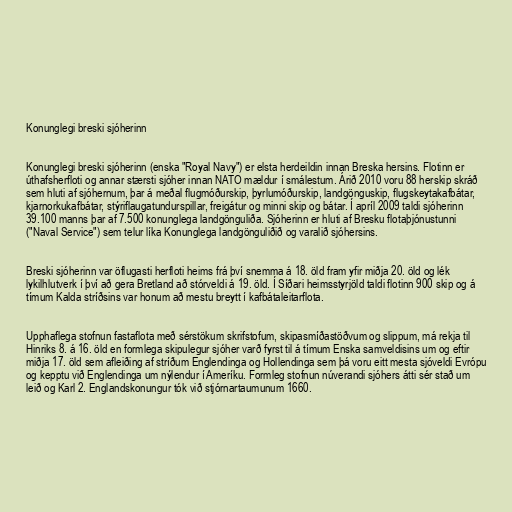
Konunglegi breski sjóherinn

Konunglegi breski sjóherinn (enska "Royal Navy") er elsta herdeildin innan Breska hersins. Flotinn er
úthafsherfloti og annar stærsti sjóher innan NATO mældur í smálestum. Árið 2010 voru 88 herskip skráð
sem hluti af sjóhernum, þar á meðal flugmóðurskip, þyrlumóðurskip, landgönguskip, flugskeytakafbátar,
kjarnorkukafbátar, stýriflaugatundurspillar, freigátur og minni skip og bátar. Í apríl 2009 taldi sjóherinn
39.100 manns þar af 7.500 konunglega landgönguliða. Sjóherinn er hluti af Bresku flotaþjónustunni
("Naval Service") sem telur líka Konunglega landgönguliðið og varalið sjóhersins.

Breski sjóherinn var öflugasti herfloti heims frá því snemma á 18. öld fram yfir miðja 20. öld og lék
lykilhlutverk í því að gera Bretland að stórveldi á 19. öld. Í Síðari heimsstyrjöld taldi flotinn 900 skip og á
tímum Kalda stríðsins var honum að mestu breytt í kafbátaleitarflota.

Upphaflega stofnun fastaflota með sérstökum skrifstofum, skipasmíðastöðvum og slippum, má rekja til
Hinriks 8. á 16. öld en formlega skipulegur sjóher varð fyrst til á tímum Enska samveldisins um og eftir
miðja 17. öld sem afleiðing af stríðum Englendinga og Hollendinga sem þá voru eitt mesta sjóveldi Evrópu
og kepptu við Englendinga um nýlendur í Ameríku. Formleg stofnun núverandi sjóhers átti sér stað um
leið og Karl 2. Englandskonungur tók við stjórnartaumunum 1660.